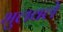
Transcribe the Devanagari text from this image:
भुलवले